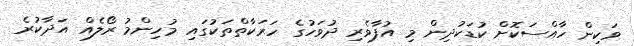
ވަކިން ހާއްސަކޮށް ކުޑަކުދިން މި އުފާވެރި ދުވަހުގެ ހަރަކާތްތަކުގައި މުހިންމު ރޯލެއް އަދާކުރެ